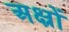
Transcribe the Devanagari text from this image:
अक्ष्रों